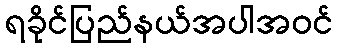
ရခိုင်ပြည်နယ်အပါအဝင်